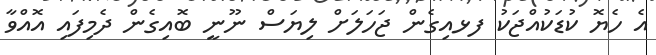
އެ ހެޔޮ ކުޑަކުއްޖަކު ފޅއިގެން ޖަހަލަށް ލިޔަސް ނޫނީ ބޮއިގެން ދެމިފައި އޮއްވާ